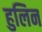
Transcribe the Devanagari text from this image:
हुलिन